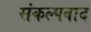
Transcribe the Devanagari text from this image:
संकल्पवाद